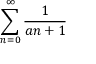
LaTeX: \sum _ { n = 0 } ^ { \infty } { \frac { 1 } { a n + 1 } }